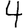
Digit: 4